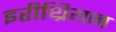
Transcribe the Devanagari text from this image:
इरीथ्रियन